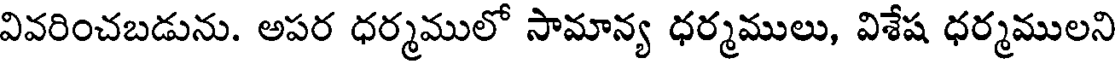
వివరించబడును. అపర ధర్మములో సామాన్య ధర్మములు, విశేష ధర్మములని